Annual report of the Civil Veterinary Department, Bengal, for the year 1897-98 - 1897-1898
Year: 1897
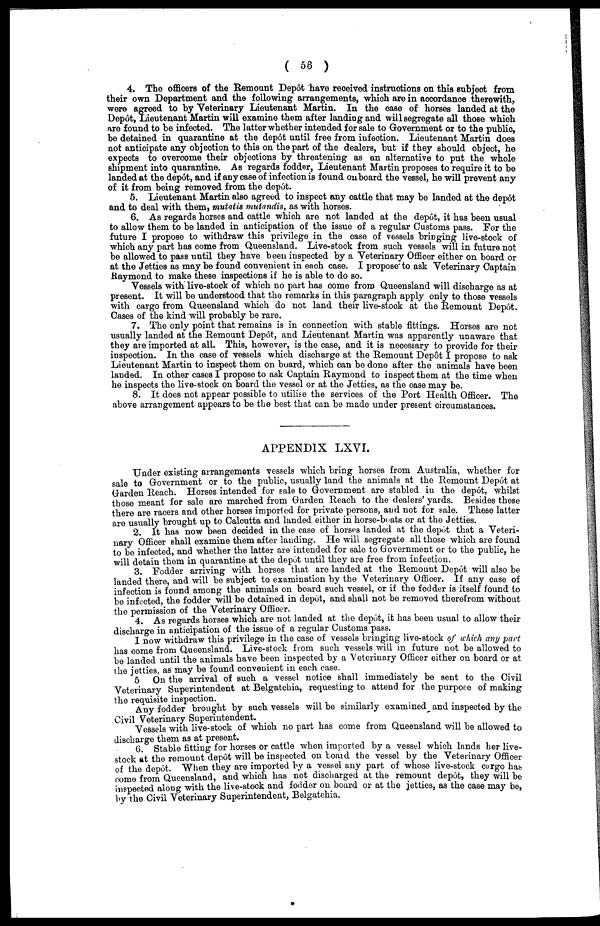
( 56 )
4. The officers of the Remount Depot have received instructions on this subject from
their own Department and the following arrangements, which are in accordance therewith,
were agreed to by Veterinary Lieutenant Martin. In the case of horses landed at the
Depot, Lieutenant Martin will examine them after landing and will segregate all those which
are found to be infected. The latter whether intended for sale to Government or to the public,
be detained in quarantine at the depot until free from infection. Lieutenant Martin does
not anticipate any objection to this on the part of the dealers, but if they should object, he
expects to overcome their objections by threatening as an alternative to put the whole
shipment into quarantine. As regards fodder, Lieutenant Martin proposes to require it to be
landed at the depot, and if any case of infection is found onboard the vessel, he will prevent any
of it from being removed from the depot.
5. Lieutenant Martin also agreed to inspect any cattle that may be landed at the depot
and to deal with them, mutatis mutandis, as with horses.
6. As regards horses and cattle which are not landed at the depot, it has been usual
to allow them to be landed in anticipation of the issue of a regular Customs pass. For the
future I propose to withdraw this privilege in the case of vessels bringing live-stock of
which any part has come from Queensland. Live-stock from such vessels will in future not
be allowed to pass until they have been inspected by a Veterinary Officer either on board or
at the Jetties as may be found convenient in each case. I propose' to ask Veterinary Captain
Raymond to make these inspections if he is able to do so.
Vessels with live-stook of which no part has come from Queensland will discharge as at
present. It will be understood that the remarks in this paragraph apply only to those vessels
with cargo from Queensland which do not land their live-stook at the Remount Depot.
Cases of the kind will probably be rare.
7. The only point that remains is in connection with stable fittings. Horses are not
usually landed at the Remount Depot, and Lieutenant Martin was apparently unaware that
they are imported at all. This, however, is the case, and it is necessary to provide for their
inspection. In the case of vessels which discharge at the Remount Depot I propose to ask
Lieutenant Martin to inspect them on board, which can bo done after the animals have been
landed. In other cases I propose to ask Captain Raymond to inspect them at the time when
he inspects the live-stock on board the vessel or at the Jetties, as the case may be.
8. It does not appear possible to utilise the services of the Port Health Officer. The
above arrangement appears to be the best that can be made under present circumstances.
APPENDIX LXVI.
Under existing arrangements vessels which bring horses from Australia, whether for
sale to Government or to the public, usually land the animals at the Remount Depot at
Garden Reach. Horses intended for sale to Government are stabled in the depôt, whilst
those meant for sale are marched from Garden Reach to the dealers' yards. Besides these
there are racers and other horses imported for private persons, and not for sale. These latter
are usually brought up to Calcutta and landed either in horse-beats or at the Jetties.
2. It has now been decided in the case of horses landed at the depot that a Veteri-
nary Officer shall examine them after landing. He will segregate all those which are found
to be infected, and whether the latter are intended for sale to Government or to the public, he
will detain them in quarantine at the depot until they are free from infection.
3. Fodder arriving with horses that are landed at the Remount Depôt will also be
landed there, and will be subject to examination by the Veterinary Officer. If any case of
infection is found among the animals on board such vessel, or if the fodder is itself found to
be infected, the fodder will bo detained in depôt, and shall not be removed therefrom without
the permission of the Veterinary Officer.
4.As
regards horses which are not landed at the depôt, it has been usual to allow their
discharge in anticipation of the issue of a regular Customs pass.
I now withdraw this privilege in the case of vessels bringing live-stock of which any part
has come from Queensland. Live-stock from such vessels will in future not be allowed to
be landed until the animals have been inspected by a Veterinary Officer either on board or at
the jetties, as may be found convenient in each case.
5 On the arrival of such a vessel notice shall immediately be sent to the Civil
Veterinary Superintendent at Belgatchia, requesting to attend for the purpose of making
the requisite inspection.
Any fodder brought by such vessels will be similarly examined and inspected by the
Civil Veterinary Superintendent.
Vessels with live-stock of which no part has come from Queensland will be allowed to
discharge them as at present.
C. Stable fitting for horses or cattle when imported by a vessel which lands her live-
stock at the remount depot will be inspected on board the vessel by the Veterinary Officer
of the depot. When they are imported by a vessel any part of whose live-stock cargo has
come from Queensland, and which has not discharged at the remount dep6t, they will be
inspected along with the live-stock and fodder on board or at the jetties, as the case may be,
by the Civil Veterinary Superintendent, Belgatchia.